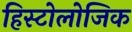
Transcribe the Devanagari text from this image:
हिस्टोलोजिक